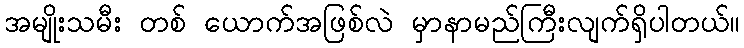
အမျိုးသမီး တစ် ယောက်အဖြစ်လဲ မှာနာမည်ကြီးလျက်ရှိပါတယ်။